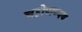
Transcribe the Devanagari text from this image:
चट्टोपाध्यय